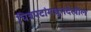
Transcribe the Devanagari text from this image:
चित्रपटांमधूनदेखील